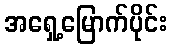
အရှေ့မြောက်ပိုင်း